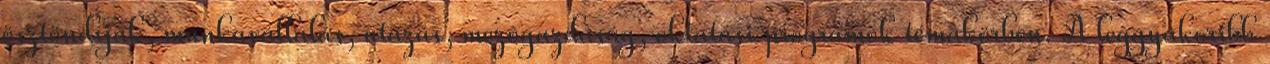
ösztöndíjak, munkavállalás, utazás, mezôgazdaság, oktatási programok témakörben. A leggyakoribb